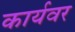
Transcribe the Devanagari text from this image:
कार्यवर